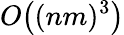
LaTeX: O\big((nm)^{3}\big)